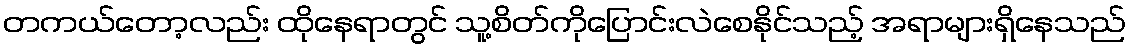
တကယ်တော့လည်း ထိုနေရာတွင် သူ့စိတ်ကိုပြောင်းလဲစေနိုင်သည့် အရာများရှိနေသည်